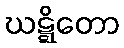
ဃဋ္ဋိတော